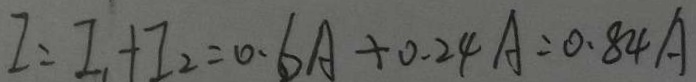
I = I _ { 1 } + I _ { 2 } = 0 . 6 A + 0 . 2 4 A = 0 . 8 4 A